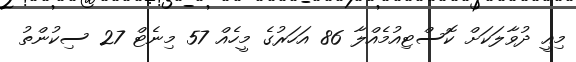
މިއީ ދުވާލަކަށް ކޮސްޓިއުމެއްލާ 86 އަހަރުގެ މީހެއް 57 މިނެޓް 27 ސިކުންތު